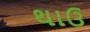
થાઉ